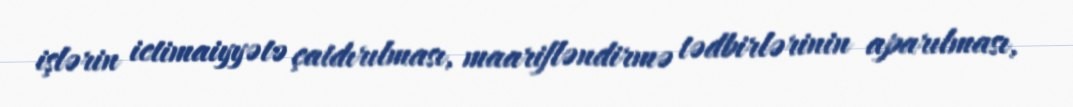
işlərin ictimaiyyətə çatdırılması, maarifləndirmə tədbirlərinin aparılması,